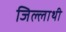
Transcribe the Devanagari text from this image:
जिल्लाथी